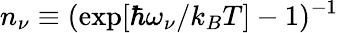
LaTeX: n_{\nu}\equiv(\exp[\hbar\omega_{\nu}/k_{B}T]-1)^{-1}